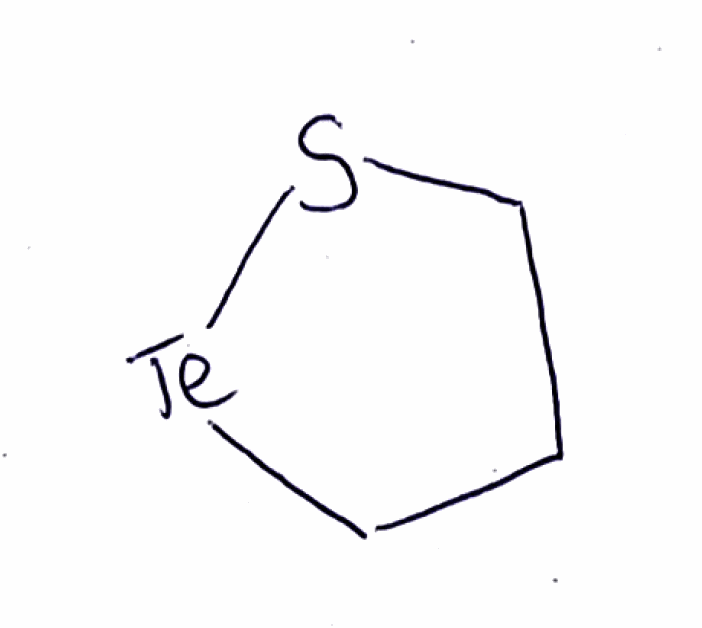
Simplified molecular-input line-entry system (SMILES) notation of the given molecule:
C1CS[Te]C1